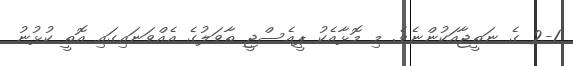
2-1 ގެ ނަތީޖާއަކުންނެވެ. މި މޮޅާއެކު ޕީއެސްޖީ ތާވަލުގެ އެއްވަނައިގައި އޮތީ ކުޅުނު